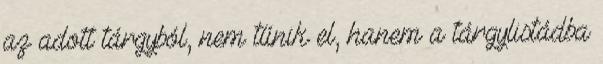
az adott tárgyból, nem tűnik el, hanem a tárgylistádba